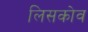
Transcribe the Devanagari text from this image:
लिसकोव